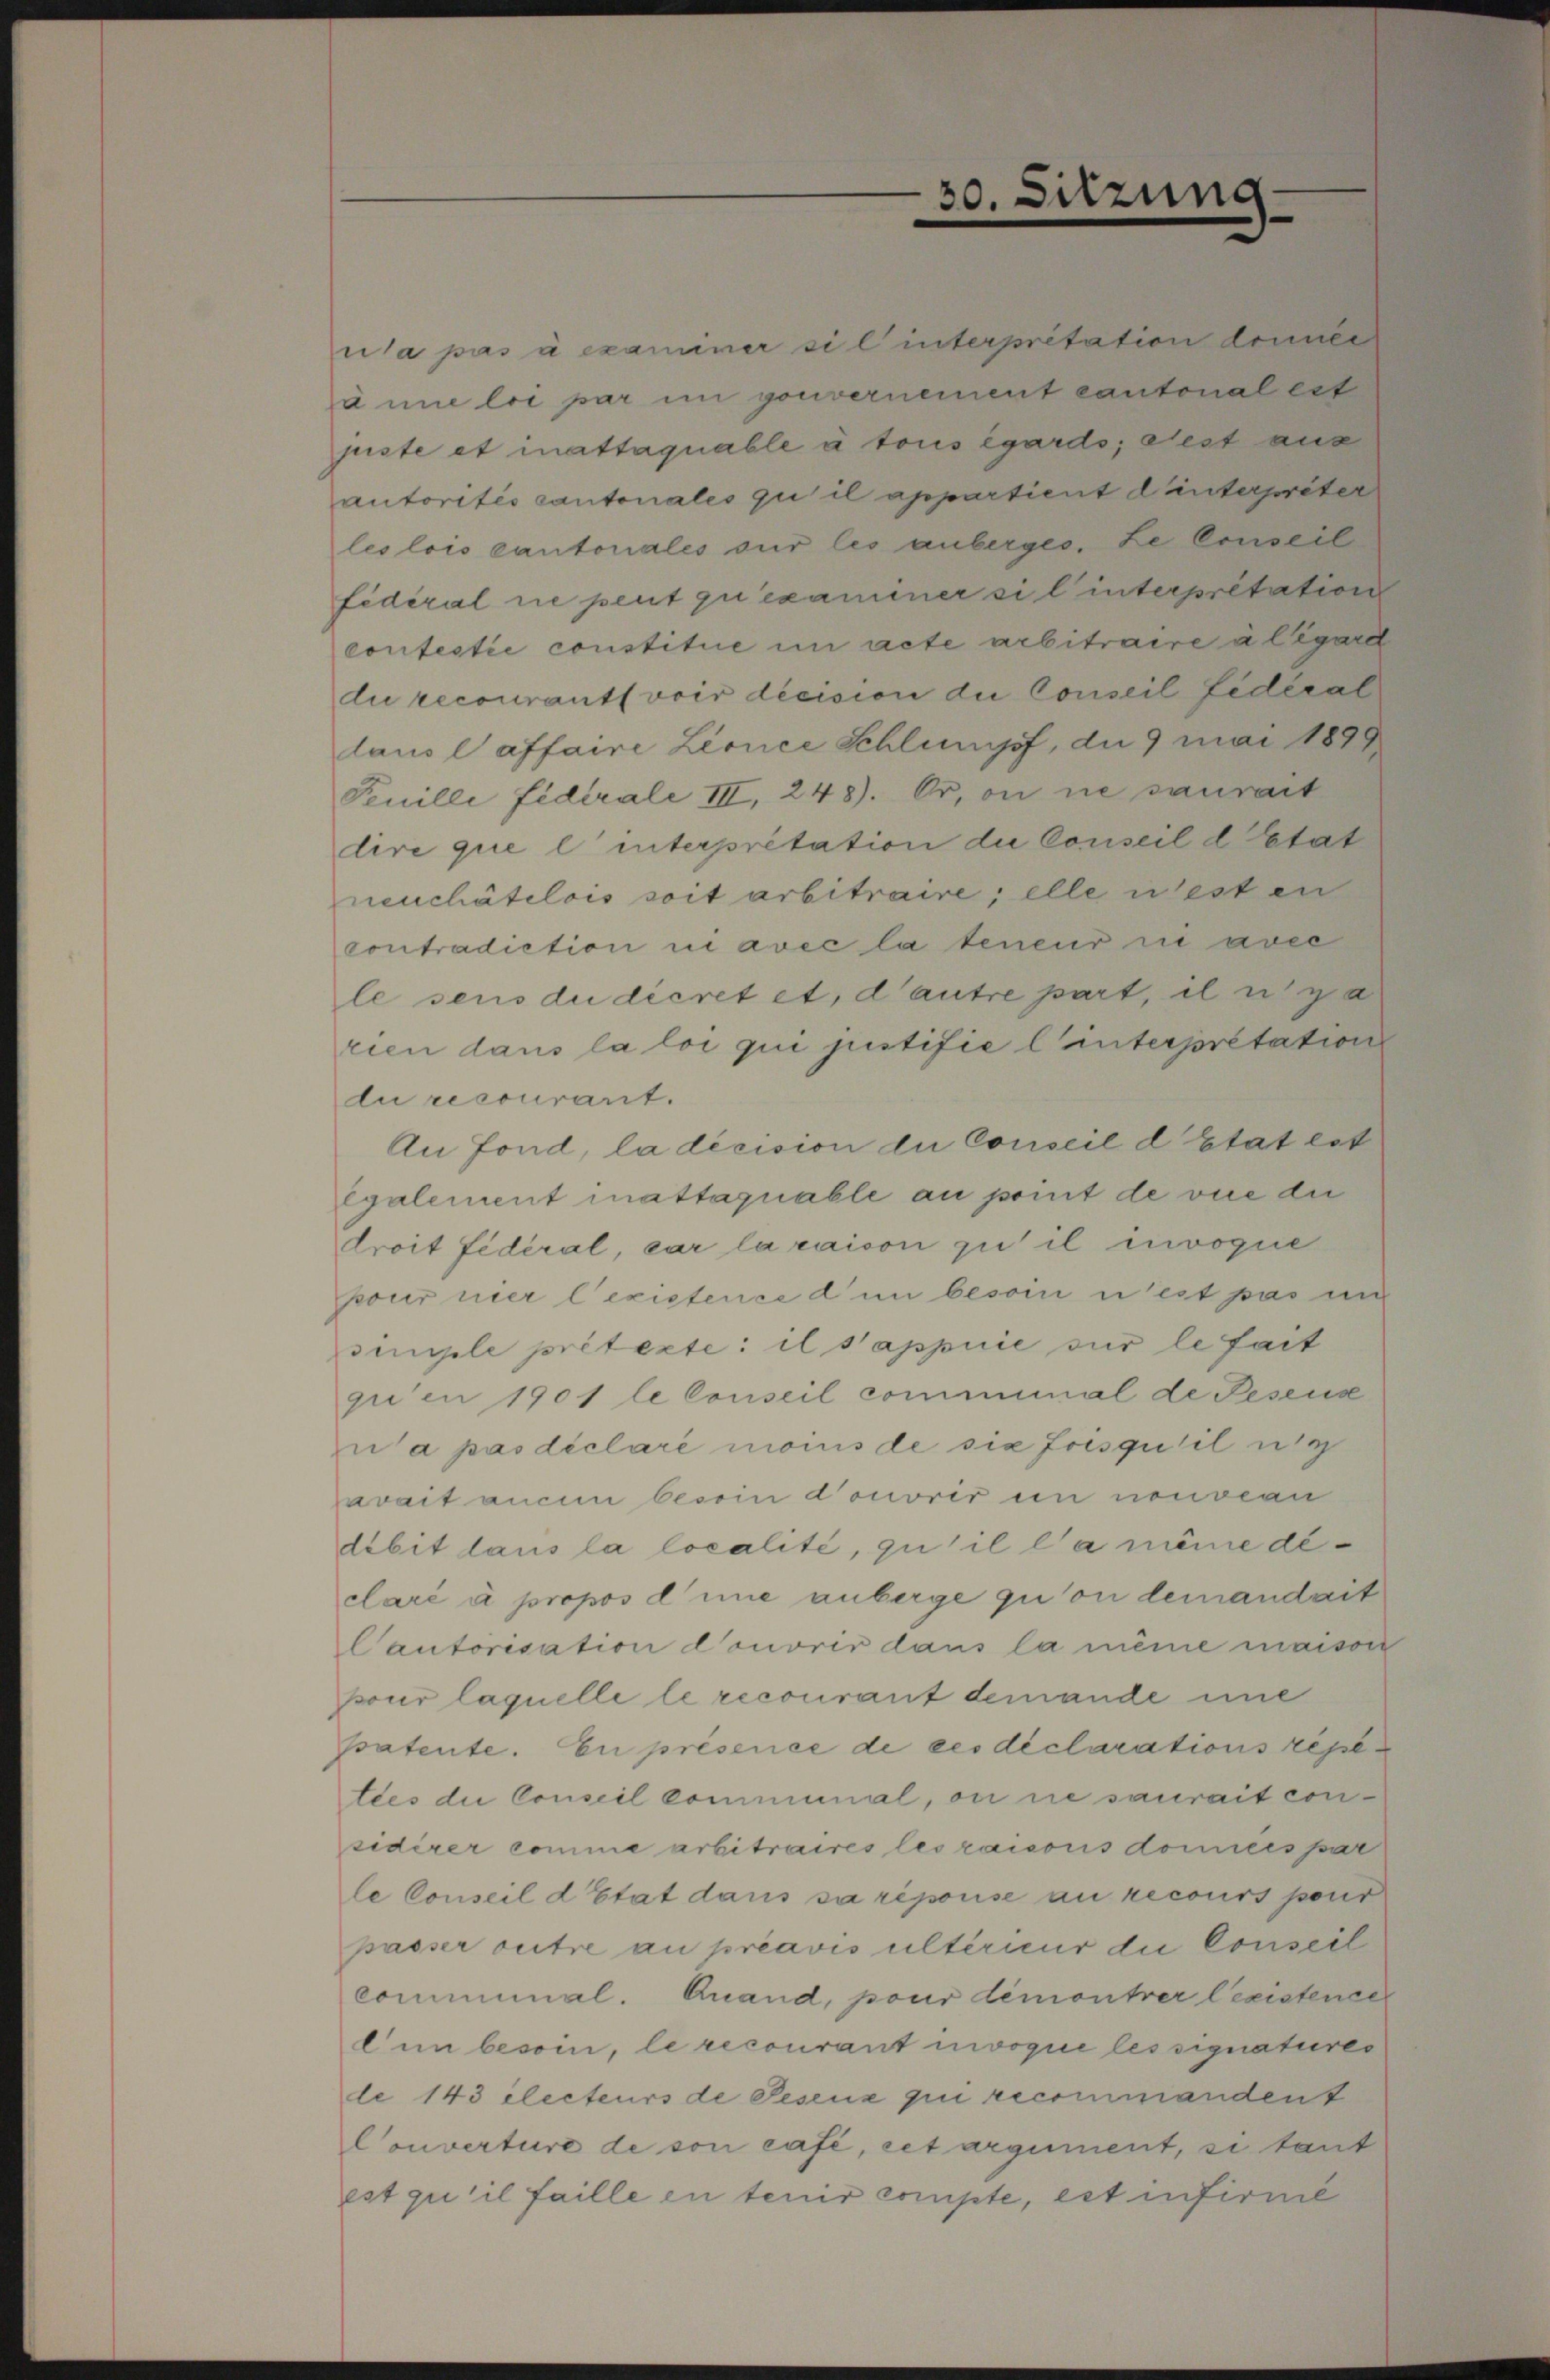
ua pas à examiner sil interpretation deiner
anne loi par im gouvernement cantonal est
piste et inattaquable à tous égardo, sest aus
autorités cantonales qu’il appartient dunterpreter
les lois cantoriales sur les anberges. Le Conseil
fidéral ne peut qu’exammer sil interpretation
contestie constitue im acte arbitraire à l’égard
du recourants voir décision die Conseil fédéral
laus laffaire Lience Schlumpf, die 9 mai 1899
Feuille fiderale III, 248). Or, on ne saurait
dire que l’ interpretation die Conseil d’Etat
neuchâtelois soit arbitraire; elle n’est an
contradiction in avec la teneur ni avec
le sens du décret et, d’autre part, il n’y a
rien dans la loi qui justifie linterpretation
du recourant.
An Fond, la décision die Conseil d’Etat est
egalement mattaquable an point de vue die
droit fidéral, car la raison zu il invoque
pour nier lexistence dum besoin n’est pas un
simple prétexte: il s’appuie sur le fait
gien 1901 le Conseil communal de Pesens
ua pas déclaré moins de sie frisquil nic
avait aucun besoin donoris in nouveau
dibit laus la localité, qu’il la même declaré à propos d une anberge qu’on demandait
Cautorisation donoris dans la même maison
pour laquelle le recourant demande inne
patente. En présence de ces déclarations repetdes die Conseil communal, ou sie saurait considirer comme arbitraires les raisons domicis par
le Conseil d’Etat dans sa répouse au recours pour
passer outre au préavis ultérieur die Conseil
communal. Quand, pour demontrer lexistence
lin besoin, le recourant invoque les signatures
de 143 electeurs de Feseux qui recommandent
Converture de von casi, cet argument, si tant
est qu’il faille en tenir compte, est infirme

30.

sitzung